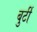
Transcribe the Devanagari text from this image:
बुर्टी